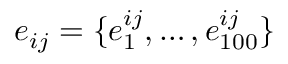
e _ { i j } = \{ e _ { 1 } ^ { i j } , \ldots , e _ { 1 0 0 } ^ { i j } \}